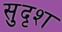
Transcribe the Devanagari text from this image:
सुदृश